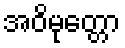
အဝိမုတ္တော